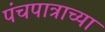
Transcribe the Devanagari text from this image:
पंचपात्राच्या